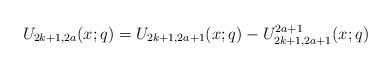
LaTeX: \begin{align*}U_{2k+1,2a}(x;q)=U_{2k+1,2a+1}(x;q)-U^{2a+1}_{2k+1,2a+1}(x;q)\end{align*}